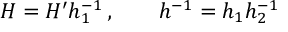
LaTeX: H = H ^ { \prime } h _ { 1 } ^ { - 1 } \, , \qquad h ^ { - 1 } = h _ { 1 } h _ { 2 } ^ { - 1 }